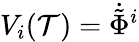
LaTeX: V_{i}(\mathcal{T})=\dot{{\tilde{{\Phi}}}}^{i}